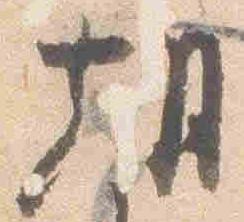
朝